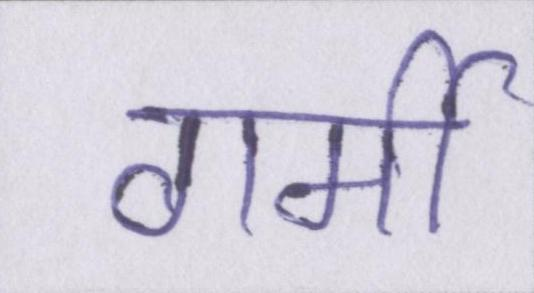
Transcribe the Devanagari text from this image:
गर्मी